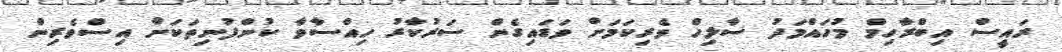
ރައީސް އިބްރާހިމް މުހައްމަދު ސާލިހް ވެރިކަމަށް ވަޑައިގެން ސަރުކާރު ހިއްސާވާ ކުންފުނިތަކަށް އިސްވެރިން